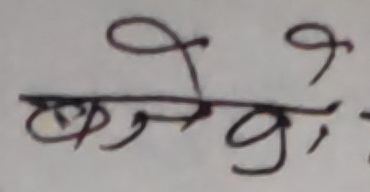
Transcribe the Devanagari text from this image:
खोजेको।